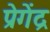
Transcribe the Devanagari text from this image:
प्रेगेंद्र